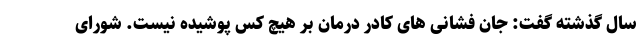
سال گذشته گفت: جان فشانی های کادر درمان بر هیچ کس پوشیده نیست. شورای